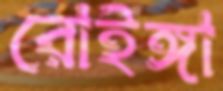
রোইঙ্গা